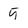
Character: 5